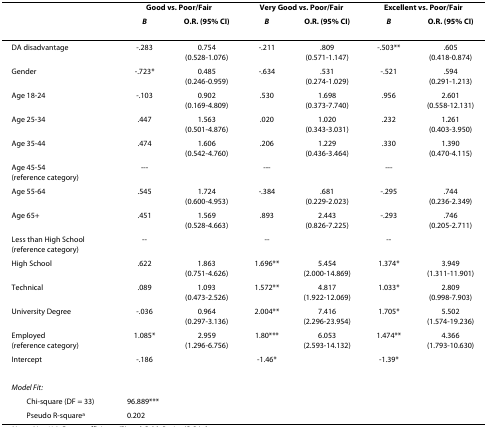
<table><thead><tr><td>[EMPTY_CELL]</td><td colspan="2"><b>Good vs. Poor/Fair</b></td><td colspan="2"><b>Very Good vs. Poor/Fair</b></td><td colspan="2"><b>Excellent vs. Poor/Fair</b></td></tr><tr><td>[EMPTY_CELL]</td><td><b><i>B</i></b></td><td><b>O.R. (95% CI)</b></td><td><b><i>B</i></b></td><td><b>O.R. (95% CI)</b></td><td><b><i>B</i></b></td><td><b>O.R. (95% CI)</b></td></tr></thead><tbody><tr><td>DA disadvantage</td><td>-.283</td><td>0.754(0.528-1.076)</td><td>-.211</td><td>.809(0.571-1.147)</td><td>-.503**</td><td>.605(0.418-0.874)</td></tr><tr><td>Gender</td><td>-.723*</td><td>0.485(0.246-0.959)</td><td>-.634</td><td>.531(0.274-1.029)</td><td>-.521</td><td>.594(0.291-1.213)</td></tr><tr><td>Age 18-24</td><td>-.103</td><td>0.902(0.169-4.809)</td><td>.530</td><td>1.698(0.373-7.740)</td><td>.956</td><td>2.601(0.558-12.131)</td></tr><tr><td>Age 25-34</td><td>.447</td><td>1.563(0.501-4.876)</td><td>.020</td><td>1.020(0.343-3.031)</td><td>.232</td><td>1.261(0.403-3.950)</td></tr><tr><td>Age 35-44</td><td>.474</td><td>1.606(0.542-4.760)</td><td>.206</td><td>1.229(0.436-3.464)</td><td>.330</td><td>1.390(0.470-4.115)</td></tr><tr><td>Age 45-54(reference category)</td><td>---</td><td>[EMPTY_CELL]</td><td>---</td><td>[EMPTY_CELL]</td><td>---</td><td>[EMPTY_CELL]</td></tr><tr><td>Age 55-64</td><td>.545</td><td>1.724(0.600-4.953)</td><td>-.384</td><td>.681(0.229-2.023)</td><td>-.295</td><td>.744(0.236-2.349)</td></tr><tr><td>Age 65+</td><td>.451</td><td>1.569(0.528-4.663)</td><td>.893</td><td>2.443(0.826-7.225)</td><td>-.293</td><td>.746(0.205-2.711)</td></tr><tr><td>Less than High School(reference category)</td><td>--</td><td>[EMPTY_CELL]</td><td>--</td><td>[EMPTY_CELL]</td><td>--</td><td>[EMPTY_CELL]</td></tr><tr><td>High School</td><td>.622</td><td>1.863(0.751-4.626)</td><td>1.696**</td><td>5.454(2.000-14.869)</td><td>1.374*</td><td>3.949(1.311-11.901)</td></tr><tr><td>Technical</td><td>.089</td><td>1.093(0.473-2.526)</td><td>1.572**</td><td>4.817(1.922-12.069)</td><td>1.033*</td><td>2.809(0.998-7.903)</td></tr><tr><td>University Degree</td><td>-.036</td><td>0.964(0.297-3.136)</td><td>2.004**</td><td>7.416(2.296-23.954)</td><td>1.705*</td><td>5.502(1.574-19.236)</td></tr><tr><td>Employed(reference category)</td><td>1.085*</td><td>2.959(1.296-6.756)</td><td>1.80***</td><td>6.053(2.593-14.132)</td><td>1.474**</td><td>4.366(1.793-10.630)</td></tr><tr><td>Intercept</td><td>-.186</td><td>[EMPTY_CELL]</td><td>-1.46*</td><td>[EMPTY_CELL]</td><td>-1.39*</td><td>[EMPTY_CELL]</td></tr><tr><td><i>Model Fit:</i></td><td>[EMPTY_CELL]</td><td>[EMPTY_CELL]</td><td>[EMPTY_CELL]</td><td>[EMPTY_CELL]</td><td>[EMPTY_CELL]</td><td>[EMPTY_CELL]</td></tr><tr><td> Chi-square (DF = 33)</td><td>96.889***</td><td>[EMPTY_CELL]</td><td>[EMPTY_CELL]</td><td>[EMPTY_CELL]</td><td>[EMPTY_CELL]</td><td>[EMPTY_CELL]</td></tr><tr><td> Pseudo R-square<sup>a</sup></td><td>0.202</td><td>[EMPTY_CELL]</td><td>[EMPTY_CELL]</td><td>[EMPTY_CELL]</td><td>[EMPTY_CELL]</td><td>[EMPTY_CELL]</td></tr></tbody></table>